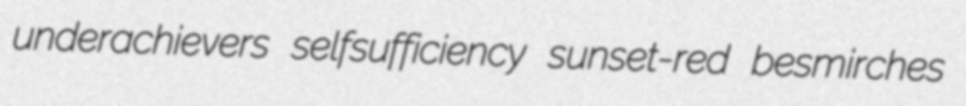
underachievers selfsufficiency sunset-red besmirches